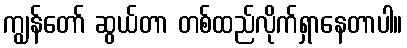
ကျွန်တော် ဆွယ်တာ တစ်ထည်လိုက်ရှာနေတာပါ။